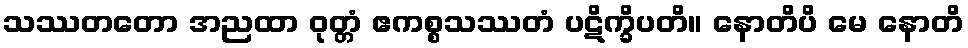
သဿတတော အညထာ ဝုတ္တံ ဧကစ္စသဿတံ ပဋိက္ခိပတိ။ နောတိပိ မေ နောတိ